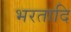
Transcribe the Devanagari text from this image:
भरतादि